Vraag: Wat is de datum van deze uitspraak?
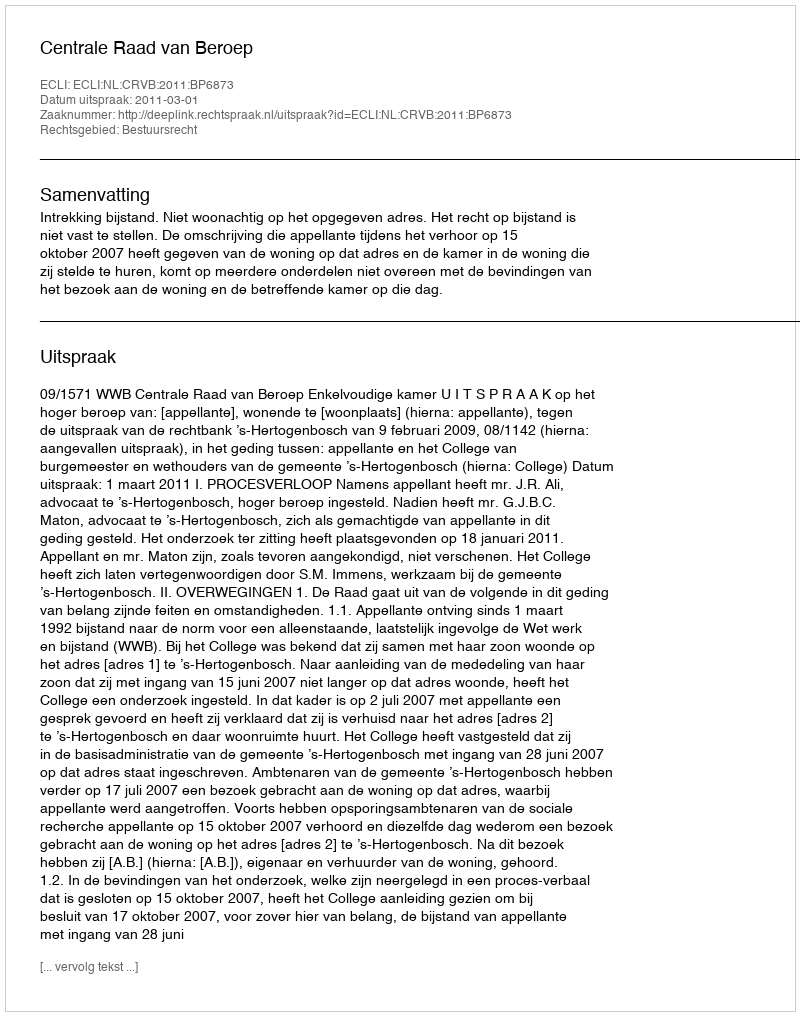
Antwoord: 2011-03-01